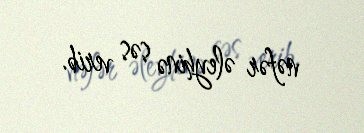
nəfər əleyhinə səs verib.